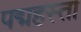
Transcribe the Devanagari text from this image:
पद्महस्ता